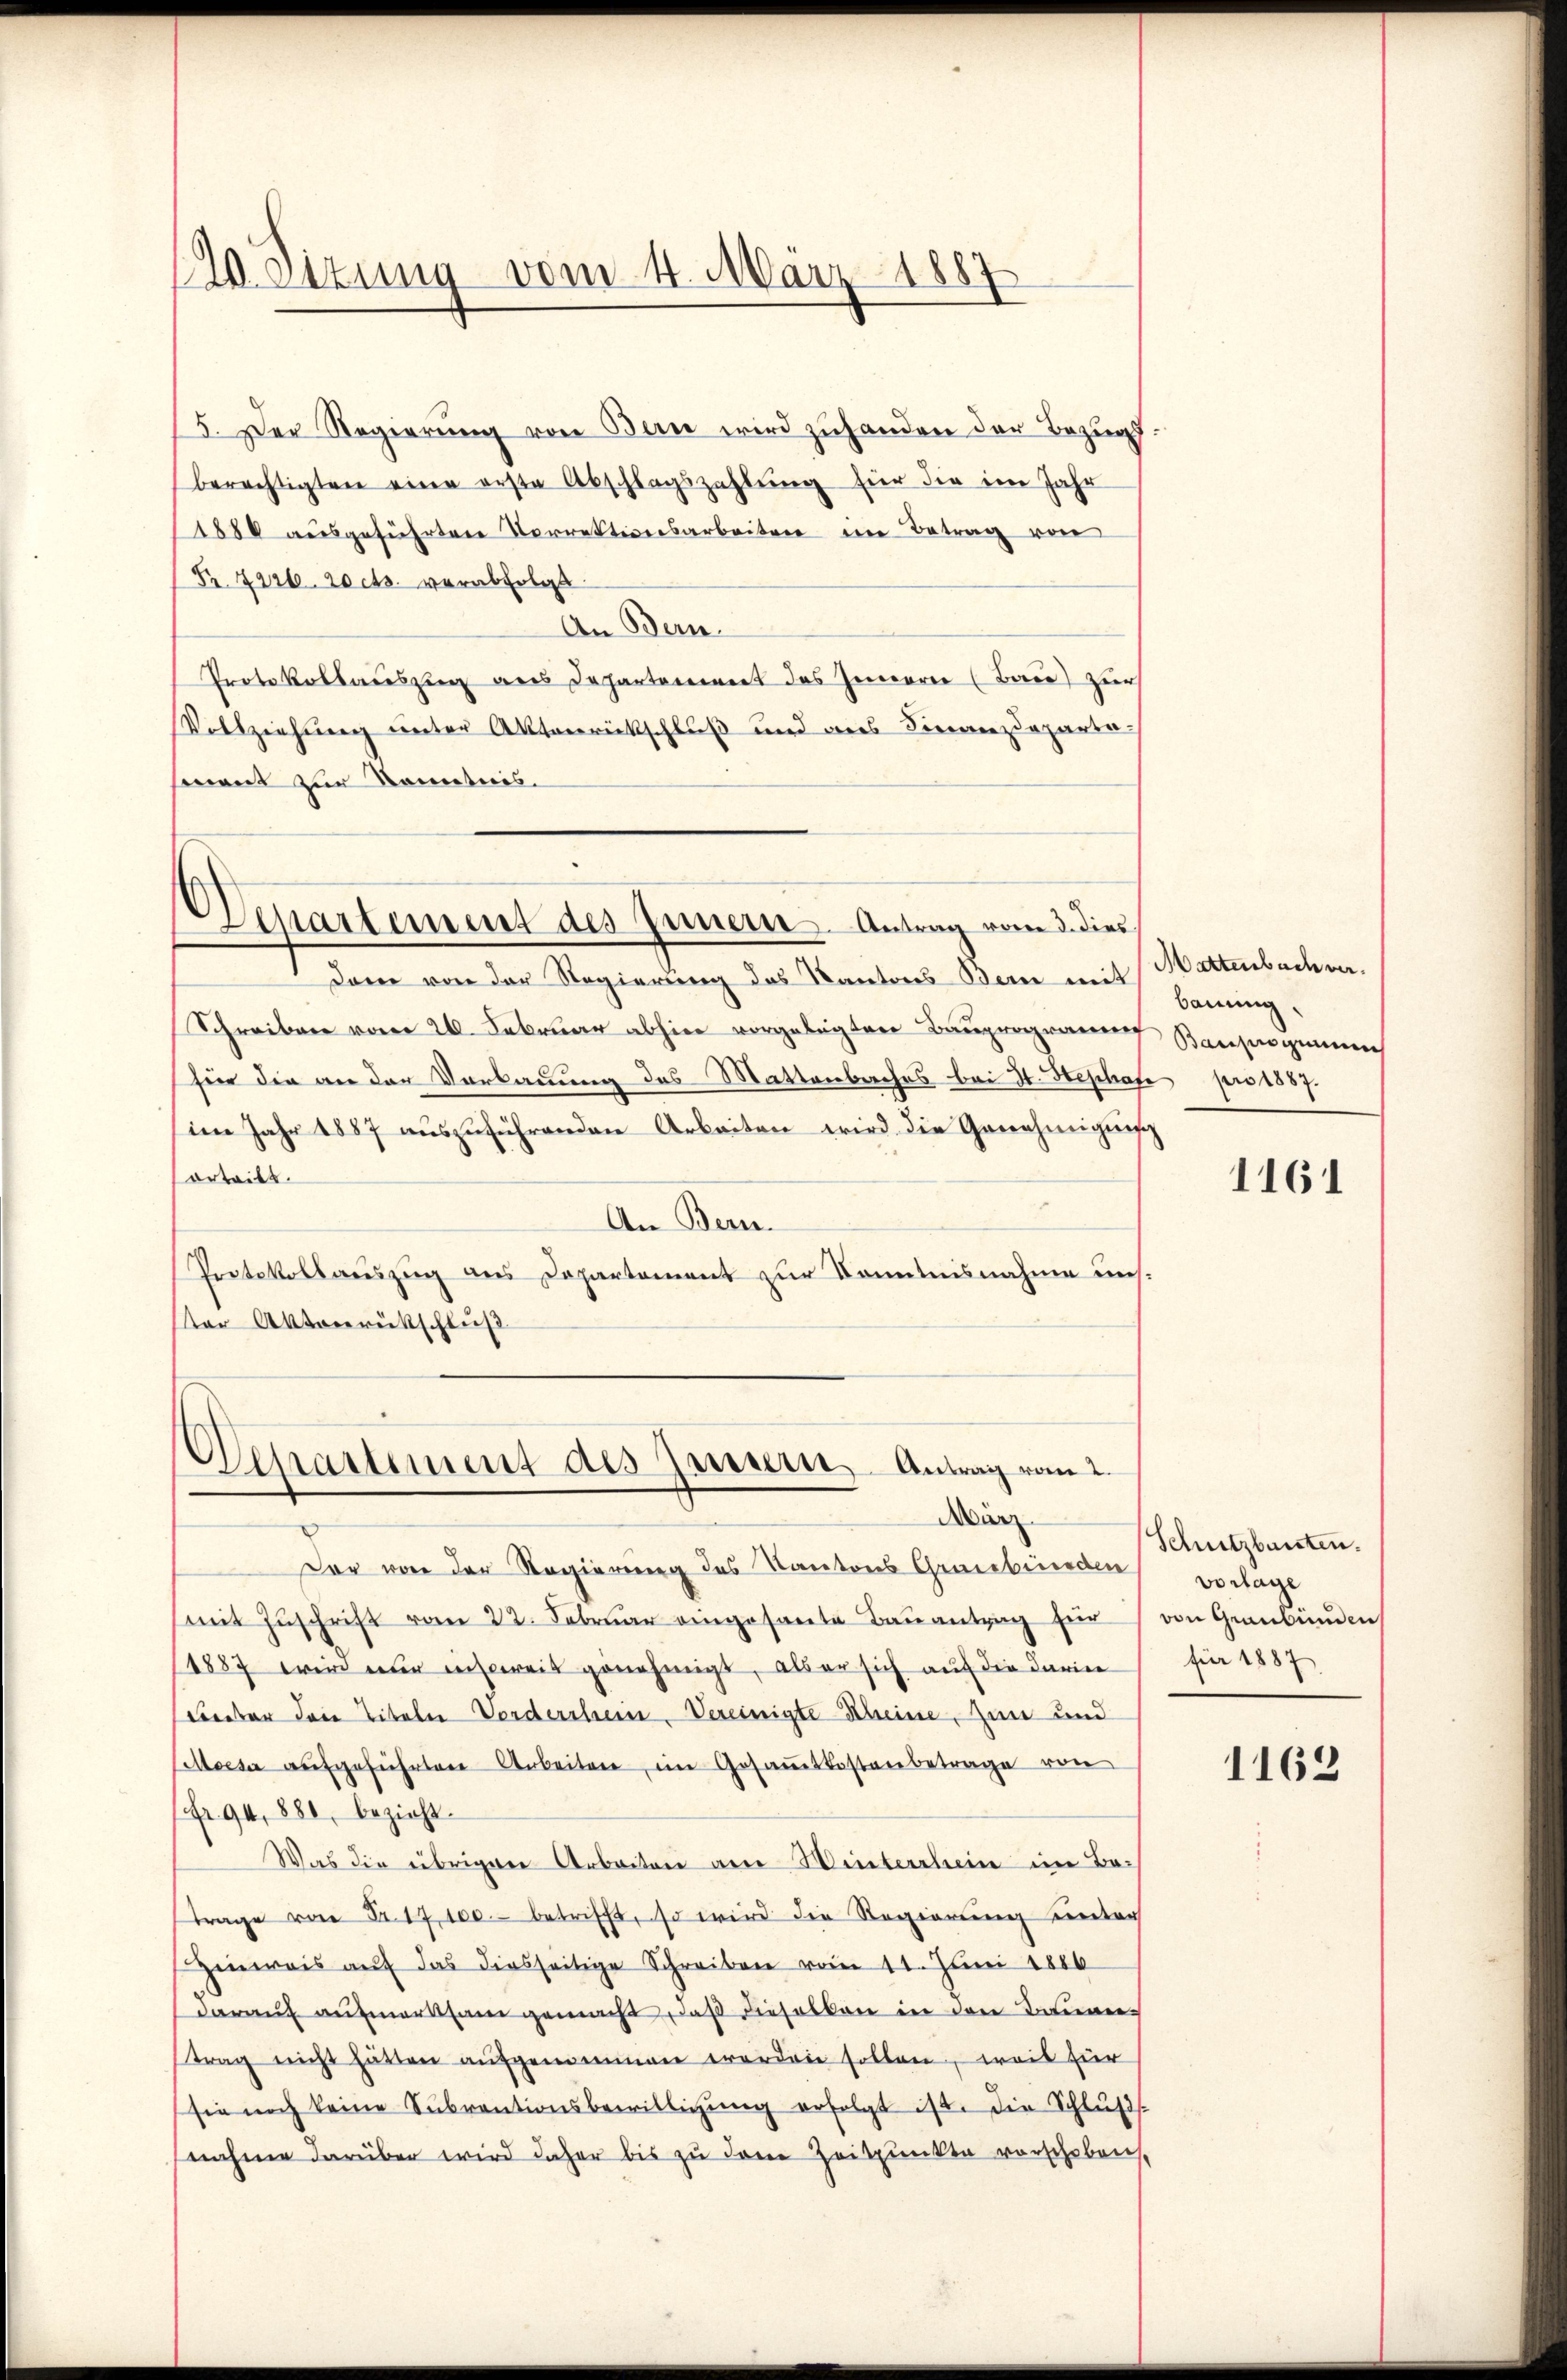
120. Sizung vom 4. März 1887

5. Der Regierung von Bern wird zuhanden der Bezugs-
berechtigten eine erste Abschlagszahlung für die im Jahr
1880 ausgeführten Vorrektionsarbeiten im Betrag von
Fr. Hart. 20 cts. verabfolgt
An Bern.
Protokollauszug aus Departement des Innern (Bau) zur
Vollziehung unter Aktenrückschluß und des Finanzdeparta-
sont zur Kometicis.

Departement des Innern. Antrag vom 3. dies

dam von der Regierung des Kantons Bern mit Hattenbach ver¬
Schreiben vom 24. Februar abhier vorgelegten Bauprogramen Bauprogenen
für die an der Verbauung des Mattenbaches bei H. Stephafe pro 1887.
(im Jahr 1887 auszuführenden Arbeiten wird die Genehmigung
ortritt.
An Bern.
Protokollsauszug aus Departement zur Kenntnisnahme uns.
er Aktenrückschluß

Departement des Herrn Antrag vom 2.
März.

Der von der Regierung des Kantons Graubünden
(mit Zŭschrift vom 22. Februar eingesante Bauantrag für
1887 wird eine instweis genehmigt, als er sich auf die darine
weber die Titeln Vorderrheim Vereinigte Scheine Zum und
Moisa aufgeführten Arbeiten im Gesaṁtkostenbetrage von
1fr. 94. 880, bezieht.
Was die übrigen Arbeiten am Winterthein im Batrage von Fr. 17100. betrifft, so wird die Regierung unter
Hinweis aŭf das diesseitige Schreiben vom 11. Juni 1886
darauf aufmerksam gemacht, daß dieselben in den Bauan-
trag nicht hätten aufgenommen worden sollen, weil für
sie noch keine Subventionsbewilligŭng erfolgt ist. Die Schlŭβ
nahme darüber wird daher bis zu dene Zeitpunkte vorschoben,

bauung,

1161

Schutzbauten.
vorlage
von Graubünden
für 1887

1162